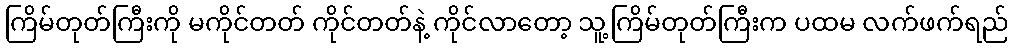
ကြိမ်တုတ်ကြီးကို မကိုင်တတ် ကိုင်တတ်နဲ့ ကိုင်လာတော့ သူ့ကြိမ်တုတ်ကြီးက ပထမ လက်ဖက်ရည်